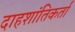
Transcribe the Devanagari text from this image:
दाहशांतिकर्ता